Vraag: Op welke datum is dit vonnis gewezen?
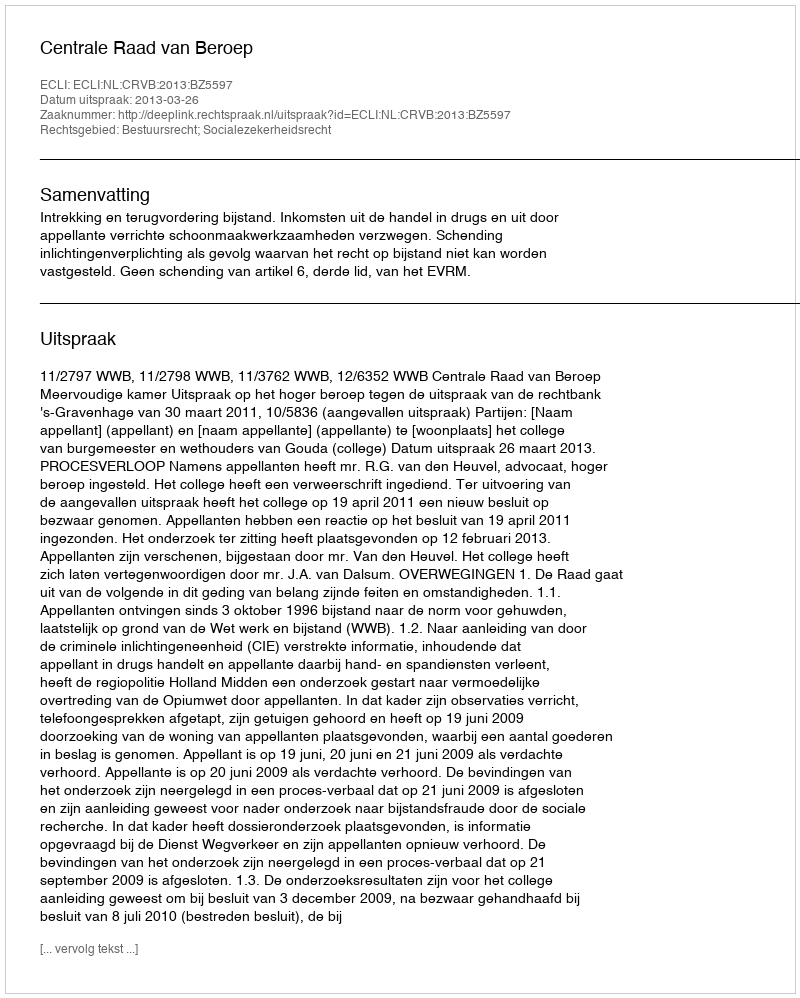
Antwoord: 2013-03-26